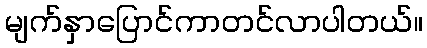
မျက်နှာပြောင်ကာတင်လာပါတယ်။